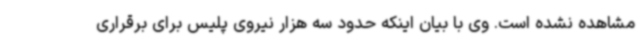
مشاهده نشده است. وی با بیان اینکه حدود سه هزار نیروی پلیس برای برقراری